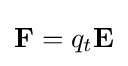
{\textstyle \mathbf {F} =q_{t}\mathbf {E} }